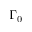
\Gamma _ { 0 }